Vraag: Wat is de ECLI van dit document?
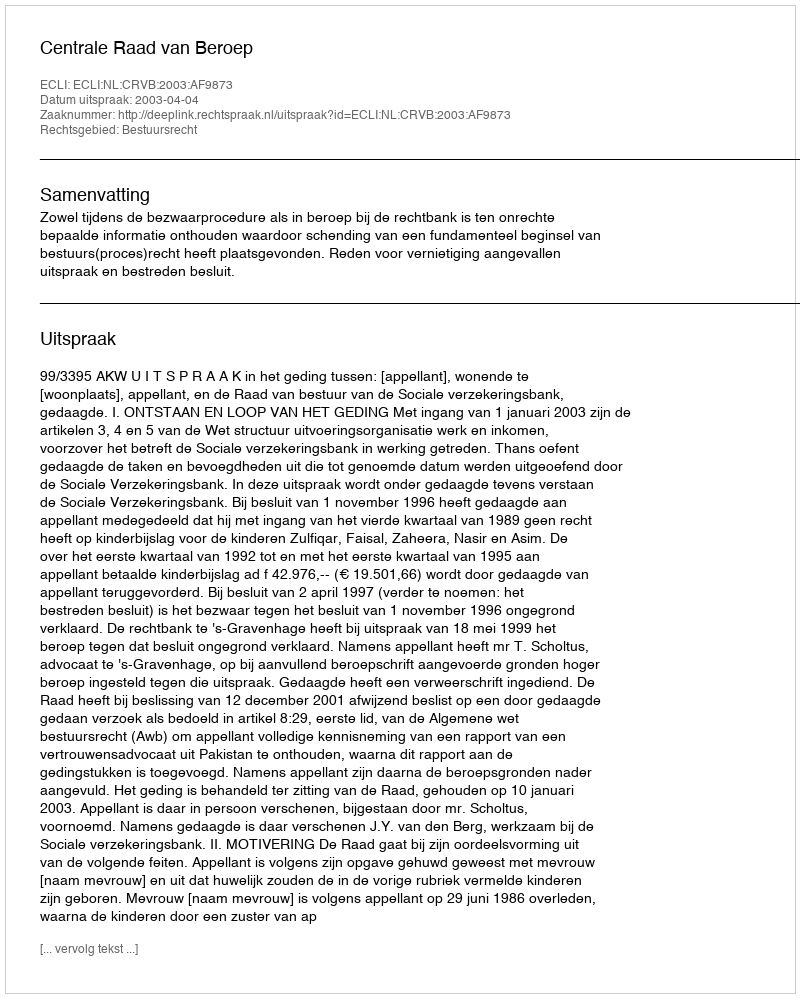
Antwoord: ECLI:NL:CRVB:2003:AF9873